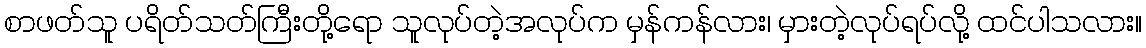
စာဖတ်သူ ပရိတ်သတ်ကြီးတို့ရော သူလုပ်တဲ့အလုပ်က မှန်ကန်လား၊ မှားတဲ့လုပ်ရပ်လို့ ထင်ပါသလား။